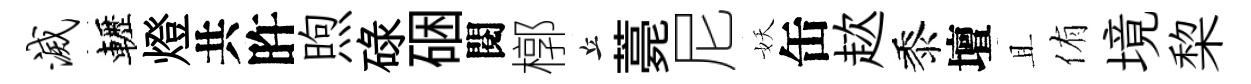
灭轣燈共旿煦碌硱閱槨丘薧尼妖缶趑黍壇且侑境棃